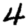
Digit: 4